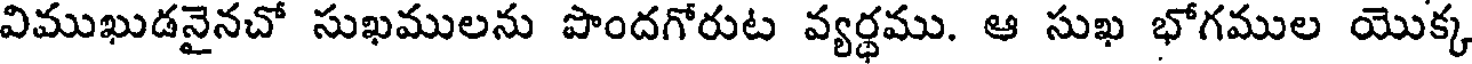
విముఖుడనైనచో సుఖములను పొందగోరుట వ్యర్థము. ఆ సుఖ భోగముల యొక్క